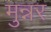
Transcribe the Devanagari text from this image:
मुन्नर